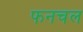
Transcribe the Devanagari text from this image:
फनचल